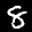
Label: 8